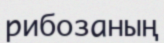
рибозаның